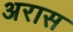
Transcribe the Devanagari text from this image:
अरास